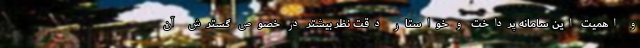
و اهمیت این سامانه پرداخت و خواستار دقت نظر بیشتر در خصوص گسترش آن